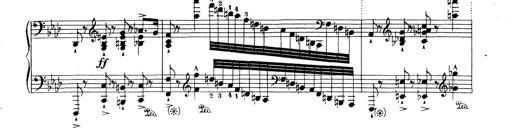
Title: Variationen Ã¼ber das Motiv von Bach
Composer: Franz Liszt